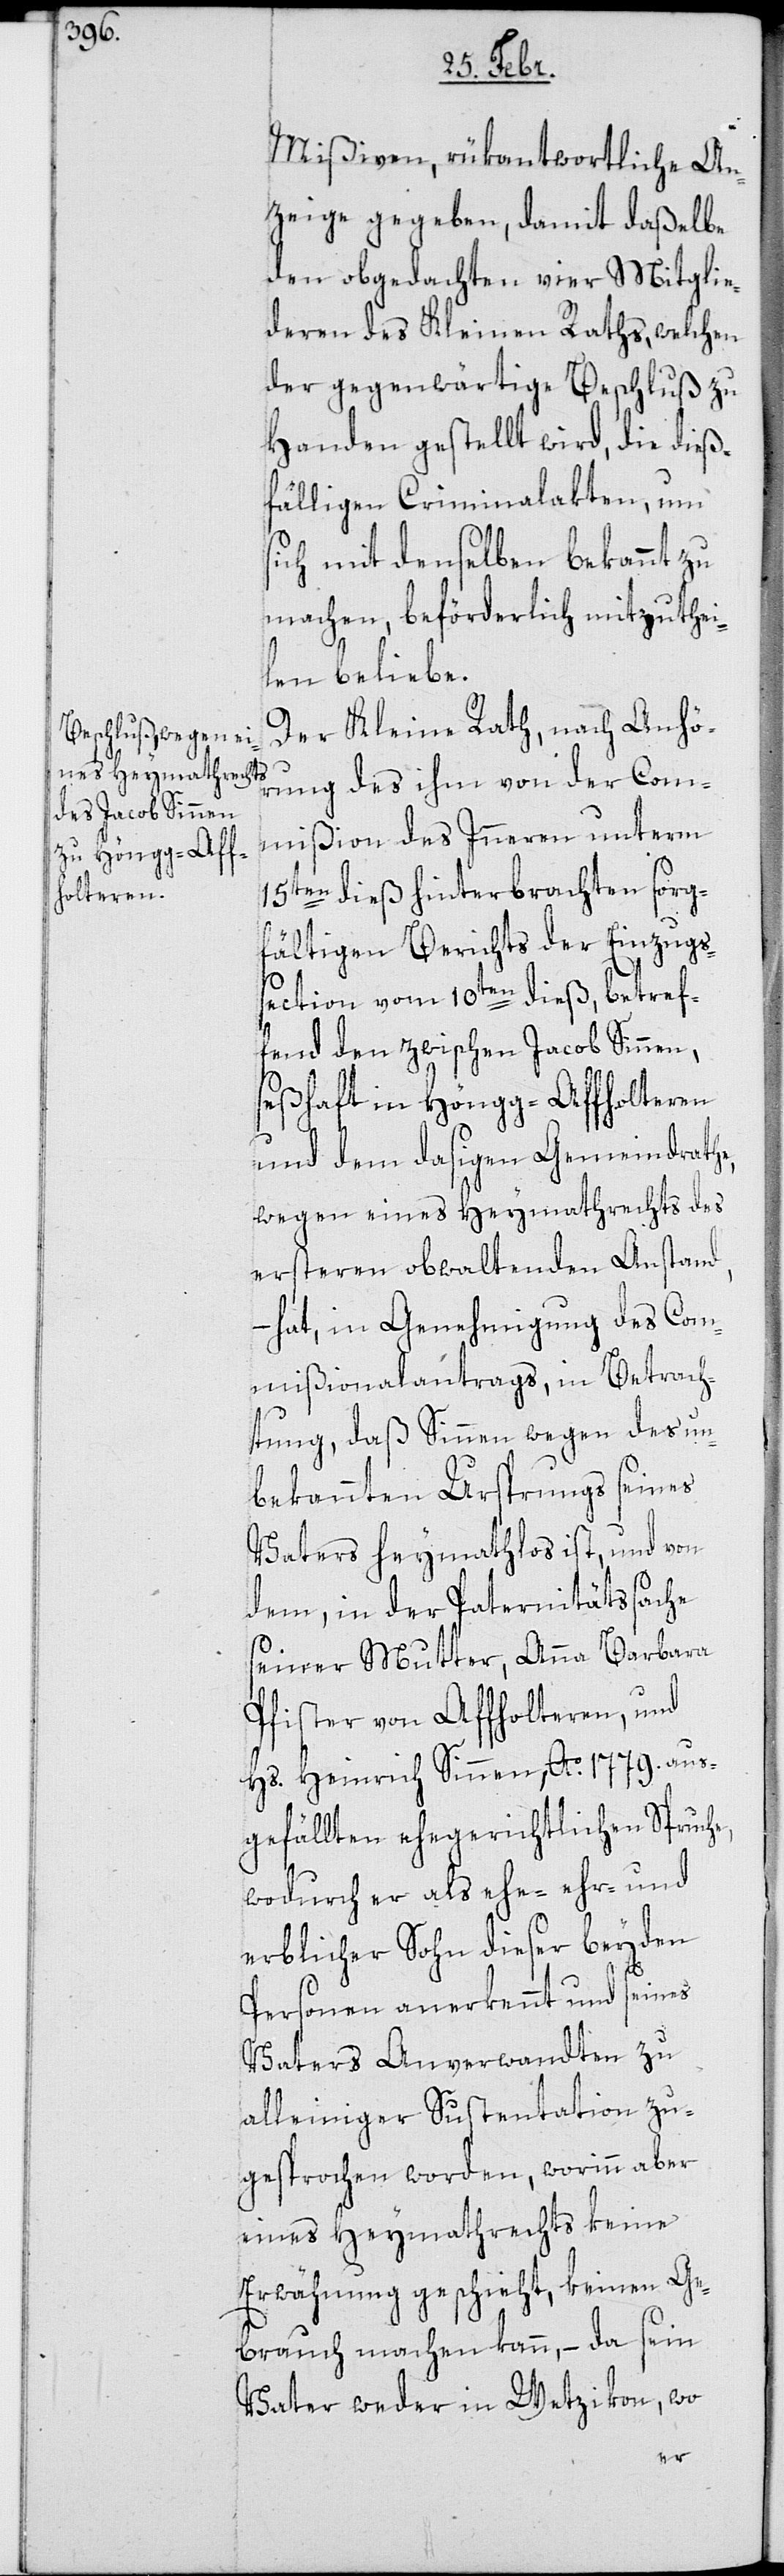
Mißiven, rükantwortliche An¬
zeige gegeben, damit daßelbe
den obgedachten vier Mitglie¬
deren des Kleinen Raths, welchen
der gegenwärtige Beschluß zu
Handen gestellt wird, die dieß¬
fälligen Criminalakten, um
sich mit denselben bekannt zu
machen, beförderlich mitzuthei¬
len beliebe.
Der Kleine Rath, nach Anhö¬
rung des ihm von der Com¬
mißion des Inneren unterm
15ten dieß hinterbrachten sorg¬
fältigen Berichts der Einzugs¬
section vom 10ten dieß, betref¬
fend den zwischen Jacob Sinnen,
seßhaft in Höngg-Affholteren
und dem dasigen Gemeindrath¬
wegen eines Heymathrechts des
ersteren obwaltenden Anstand,
hat, in Genehmigung des Com¬
mißionalantrags, in Betrach¬
tung, daß Sinnen wegen des un¬
bekannten Ursprungs seines
Vaters heymathlos ist, und von
dem, in der Paternitätssache
seiner Mutter, Anna Barbara
Pfister von Affholtern, und
Hs. Heinrich Sinnen, Ao 1779. aus¬
gefällten ehegerichtlichen Spruche,
wodurch er als ehe-[,] ehr- und
erblicher Sohn dieser beyden
Personen anerkannt und seines
Vaters Anverwandten zu
alleiniger Sustentation zu¬
gesprochen worden, worinn aber
eines Heymathrechts keine
Erwähnung geschieht, keinen Ge¬
brauch machen kann, – da sein
Vater weder in Wetzikon, wo
e,